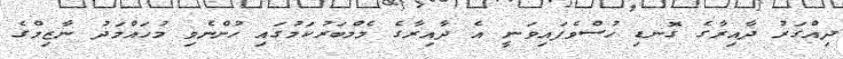
ދިއްގަރު ދާއިރާގެ ގޮނޑި ހުސްވެފައިވަނީ އެ ދާއިރާގެ މެމްބަރުކަމުގައި ހުންނެވި މުހައްމަދު ނާޒިމްގެ